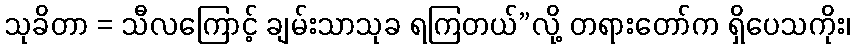
သုခိတာ = သီလကြောင့် ချမ်းသာသုခ ရကြတယ်”လို့ တရားတော်က ရှိပေသကိုး၊